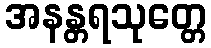
အနန္တရသုတ္တေ